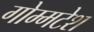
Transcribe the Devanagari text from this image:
गोम्मटेश